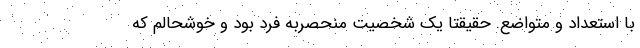
با استعداد و متواضع. حقیقتا یک شخصیت منحصربه فرد بود و خوشحالم که